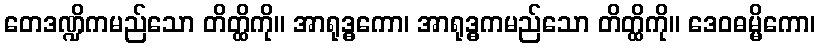
တေဒဏ္ဍိကမည်သော တိတ္ထိကို။ အာရုဒ္ဓကော၊ အာရုဒ္ဓကမည်သော တိတ္ထိကို။ ဒေဝဓမ္မိကော၊